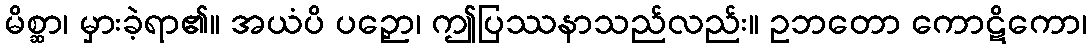
မိစ္ဆာ၊ မှားခဲ့ရာ၏။ အယံပိ ပဉှော၊ ဤပြဿနာသည်လည်း။ ဥဘတော ကောဋိကော၊